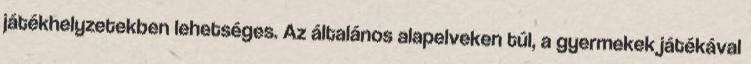
játékhelyzetekben lehetséges. Az általános alapelveken túl, a gyermekek játékával